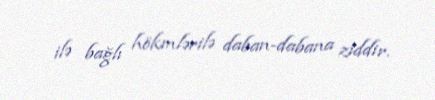
ilə bağlı hökmlərilə daban-dabana ziddir.